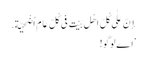
إِنَّ عَلٰی کُلِّ اَهْلِ بَیْتٍ فِی کُلِّ عَامٍ اُضْحِیَّةً.
’اے لوگو!